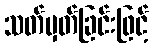
သတ်မှတ်ခြင်းဖြင့်